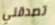
تصدقني